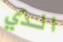
الذي